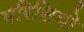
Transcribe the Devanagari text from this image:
मरिसियो